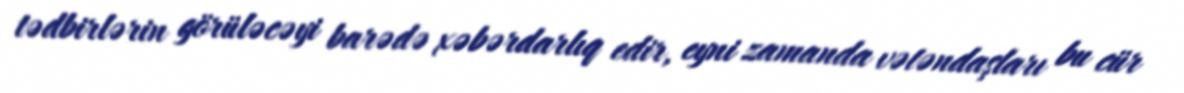
tədbirlərin görüləcəyi barədə xəbərdarlıq edir, eyni zamanda vətəndaşları bu cür